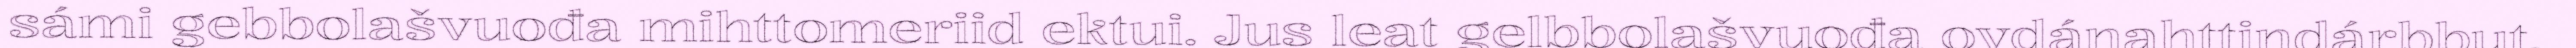
sámi gebbolašvuođa mihttomeriid ektui. Jus leat gelbbolašvuođa ovdánahttindárbbut,